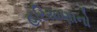
હરિયાણાનો